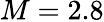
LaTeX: M=2.8